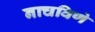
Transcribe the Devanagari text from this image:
नाचविणे